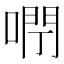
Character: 𠺉